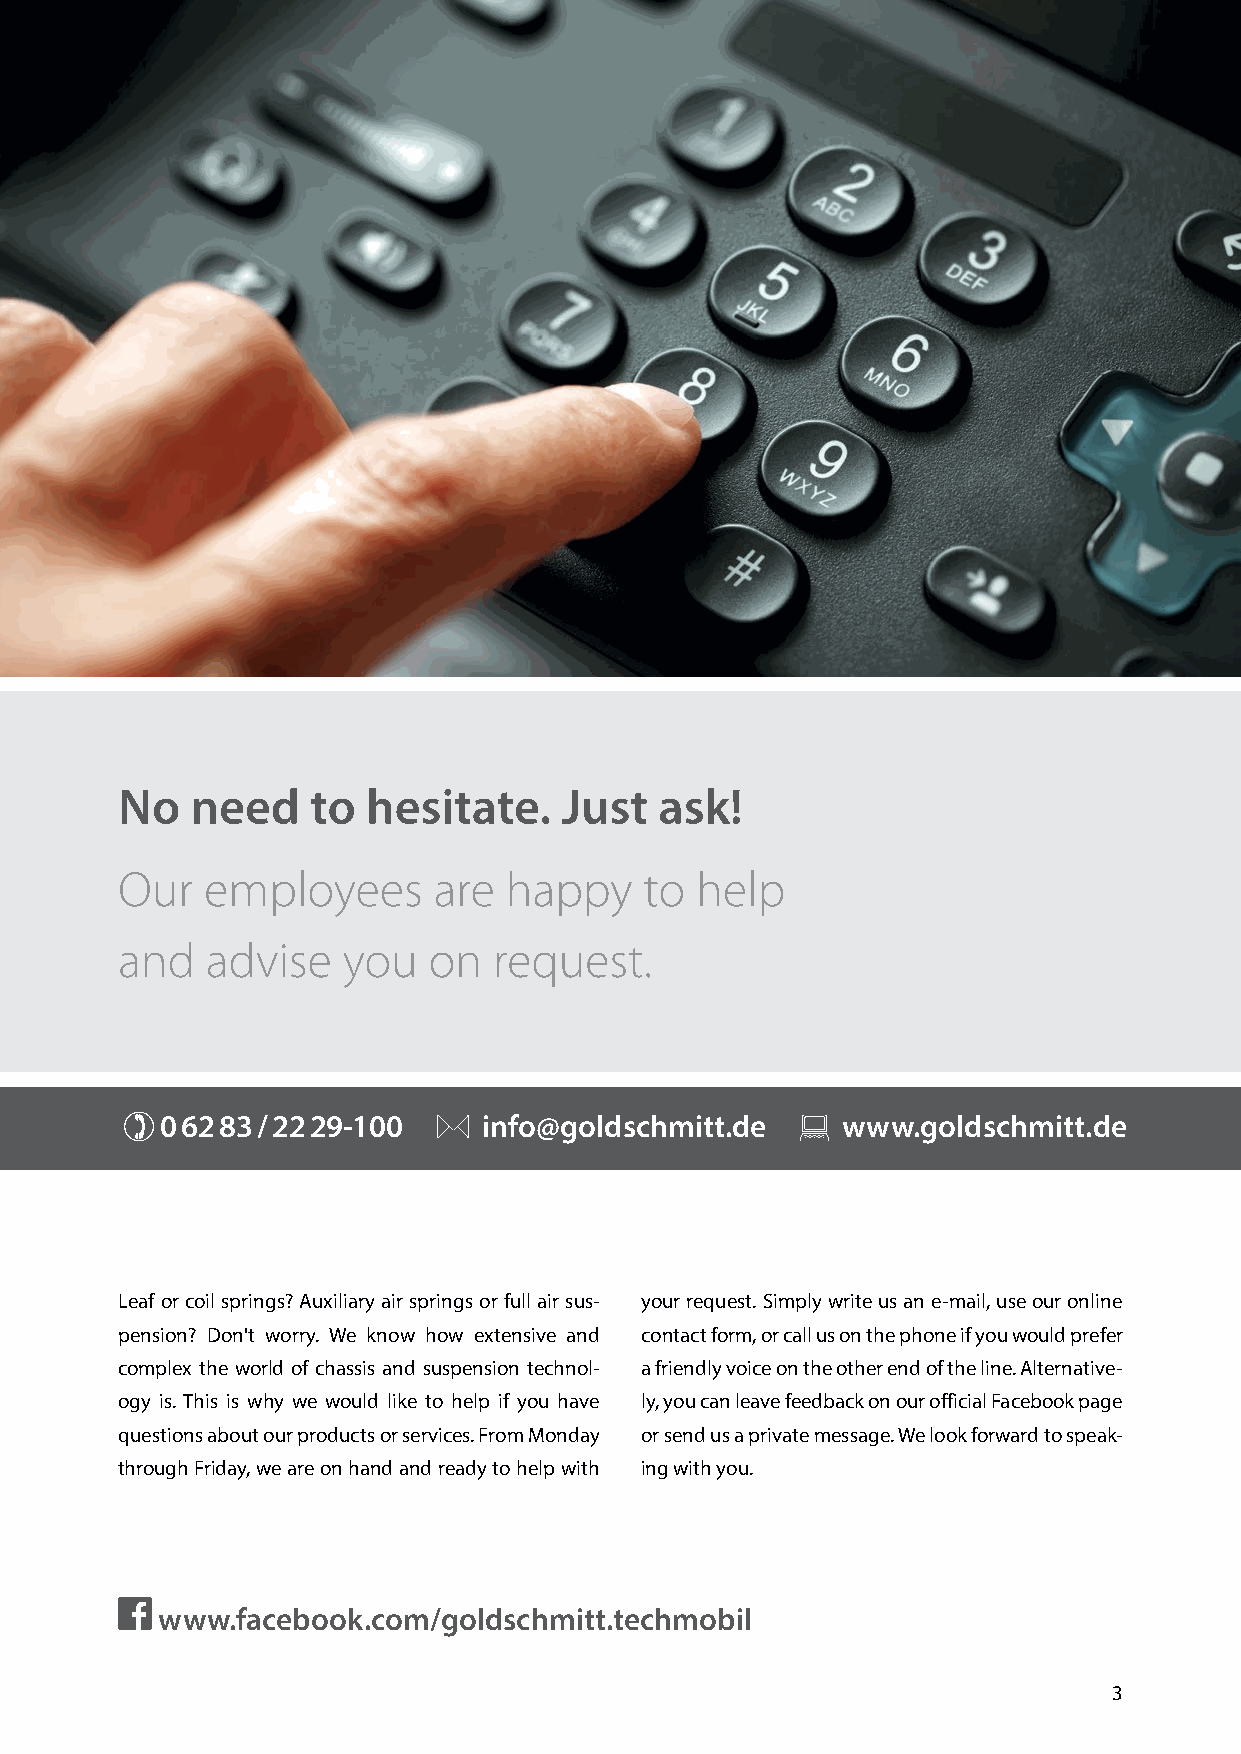
No   need    to hesitate.    Just   ask!
 Our   employees      are happy     to help
 and   advise   you  on   request.
 0 62 83 / 22 29-100  info@goldschmitt.de     www.goldschmitt.de
 Leaf or coil springs? Auxiliary air springs or full air sus- your request. Simply write us an e-mail, use our online
 pension? Don't worry. We know how extensive and contact form, or call us on the phone if you would prefer
 complex the world of chassis and suspension technol- a friendly voice on the other end of the line. Alternative-
 ogy is. This is why we would like to help if you have ly, you can leave feedback on our official Facebook page
 questions about our products or services. From Monday or send us a private message. We look forward to speak-
 through Friday, we are on hand and ready to help with ing with you.
 www.facebook.com/goldschmitt.techmobil
 3